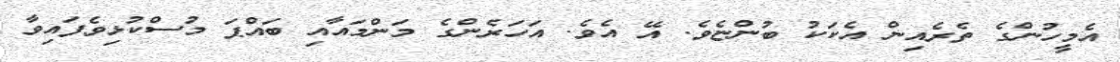
އެމީހުންގެ ތެރެއިން އެކަކު ބުންޏެވެ. އޭ އެވެ. އަހަރެންގެ މަންމައާއި ބައްޕަ މުސްކުޅިވެފައިވާ